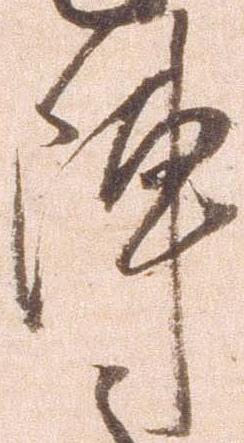
陣